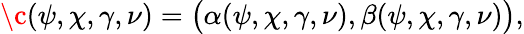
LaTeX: \c(\psi,\chi,\gamma,\nu)=\big(\alpha(\psi,\chi,\gamma,\nu),\beta(\psi,\chi,\gamma,\nu)\big),